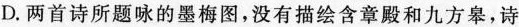
D.两首诗所题咏的墨梅图，没有描绘含章殿和九方皋，诗